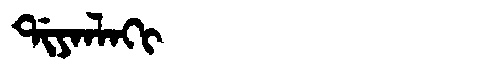
Manchu: ᡩᡳᠶᠠᠨᠯᠠᡴᡳ
Romanization: DIYANLAKI